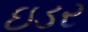
ઇડર